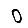
Digit: 0